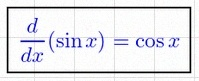
\frac{d}{dx}(\sin x)=\cos x